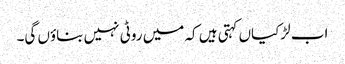
اب لڑکیاں کہتی ہیں کہ میں روٹی نہیں بناؤں گی۔